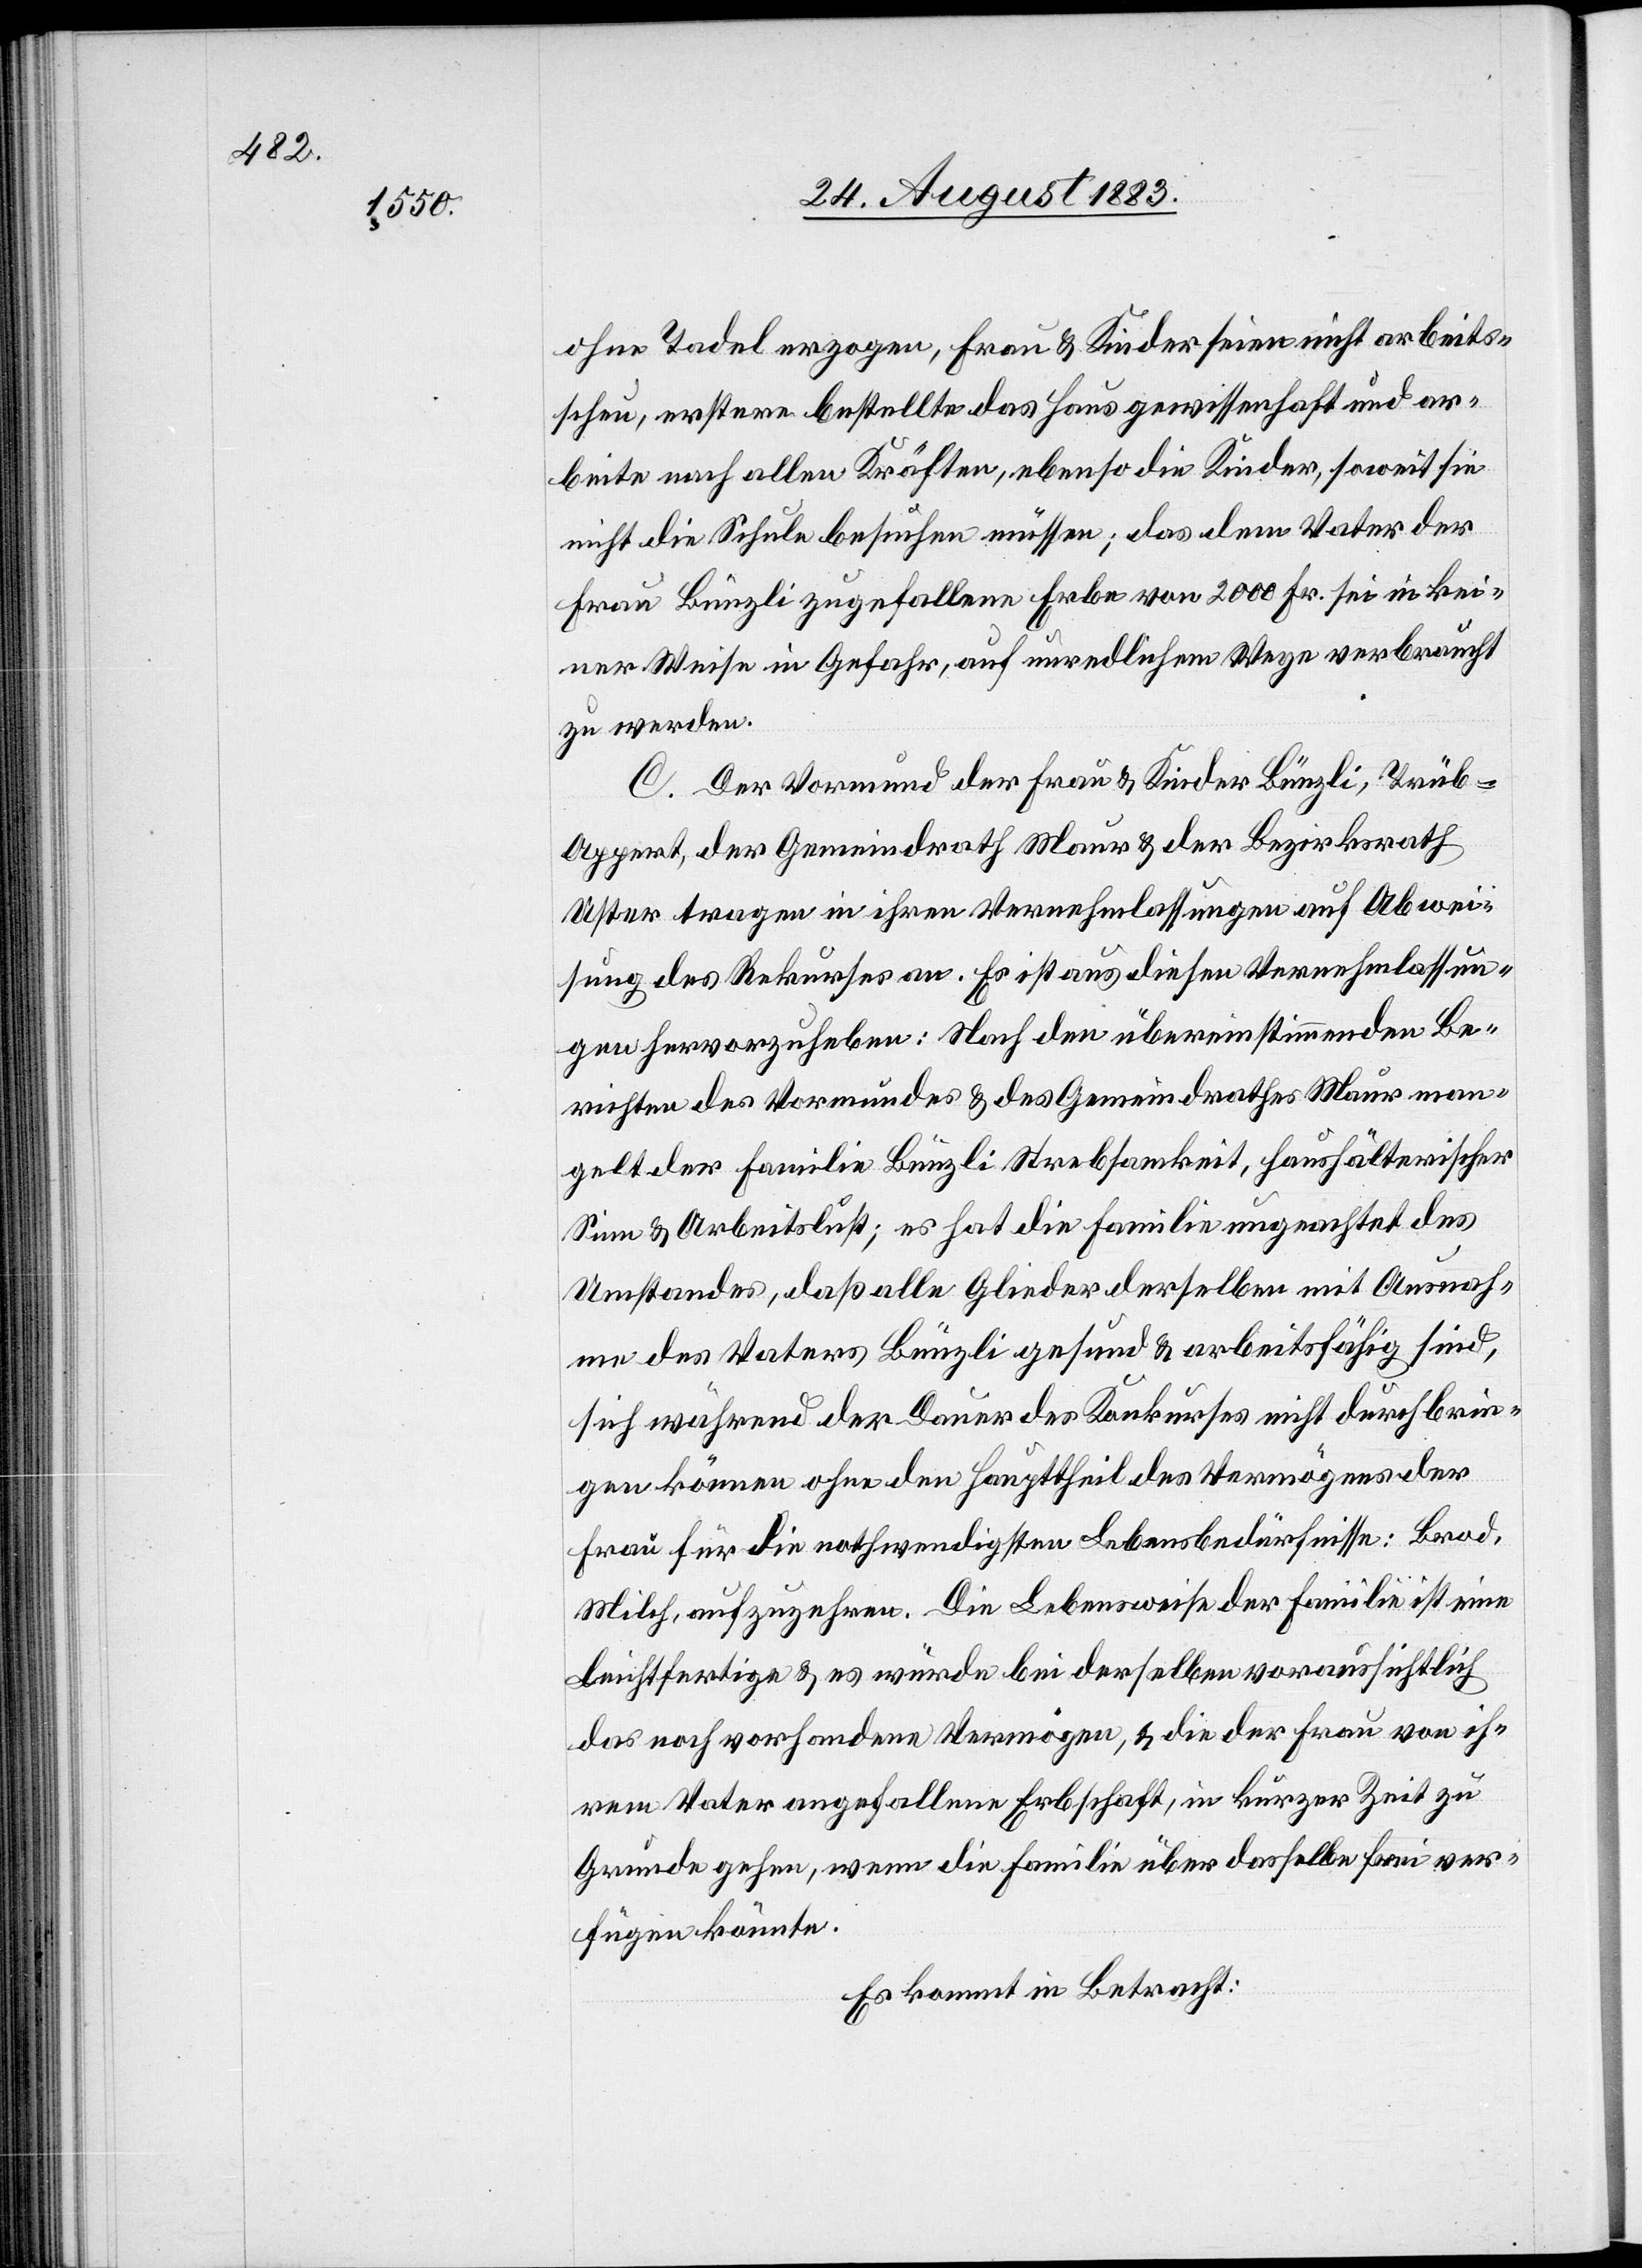
ohne Tadel erzogen, Frau & Kinder seien nicht arbeits¬
scheu, erstere bestellte das Haus gewissenhaft und ar¬
beite nach allen Kräften, ebenso die Kinder, soweit sie
nicht die Schule besuchen müssen; das dem Vater der
Frau Bünzli zugefallene Erbe von 2000 Fr. sei in kei¬
ner Weise in Gefahr, auf unredlichem Wege verbraucht
zu werden.
C. Der Vormund der Frau & Kinder Bünzli, Trüb-A¬
ppert, der Gemeindrath Maur & der Bezirksrath
Uster tragen in ihren Vernehmlassungen auf Abwei¬
sung des Rekurses an. Es ist aus diesen Vernehmlassun¬
gen hervorzuheben: Nach den übereinstimmenden Be¬
richten des Vormundes & des Gemeindrathes Maur man¬
gelt der Familie Bünzli Strebsamkeit, haushälterischer
Sinn & Arbeitslust; es hat die Familie ungeachtet des
Umstandes, daß alle Glieder derselben mit Ausnah¬
me des Vaters Bünzli gesund & arbeitsfähig sind,
sich während der Dauer des Konkurses nicht durchbrin¬
gen können ohne den Haupttheil des Vermögens der
Frau für die nothwendigsten Lebensbedüfnisse; Brod,
Milch, aufzuzehren. Die Lebensweise der Familie ist eine
leichtfertige & es würde bei derselben voraussichtlich
das noch vorhandene Vermögen, & die der Frau von ih¬
rem Vater angefallene Erbschaft, in kurzer Zeit zu
Grunde gehen, wenn die Familie über dasselbe frei ver¬
fügen könnte.
Es kommt in Betracht: